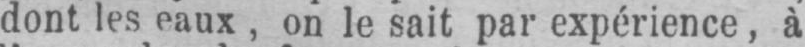
dont les eaux, on le sait par expérience, à